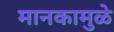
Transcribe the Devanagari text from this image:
मानकामुळे